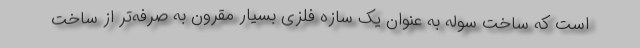
است که ساخت سوله به عنوان یک سازه فلزی بسیار مقرون به صرفه‌تر از ساخت